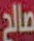
صالح